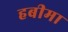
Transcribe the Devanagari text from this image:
हबीमा